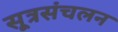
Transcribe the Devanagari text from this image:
सूत्रसंचलन